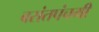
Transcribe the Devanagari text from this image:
बसंतपंचमी